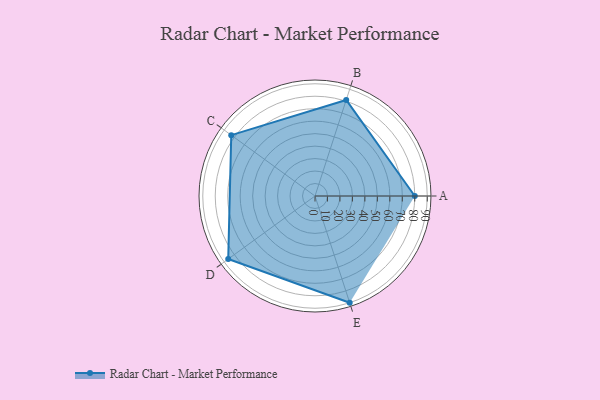
{"axis": {"x": "Skill", "y": "Score"}, "legend": ["Profile"], "data": [{"x": "A", "y": 80.0, "type": "Profile"}, {"x": "B", "y": 81.0, "type": "Profile"}, {"x": "C", "y": 83.0, "type": "Profile"}, {"x": "D", "y": 86.0, "type": "Profile"}, {"x": "E", "y": 90.0, "type": "Profile"}]}